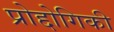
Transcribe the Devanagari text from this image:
प्रोद्दोगिकी